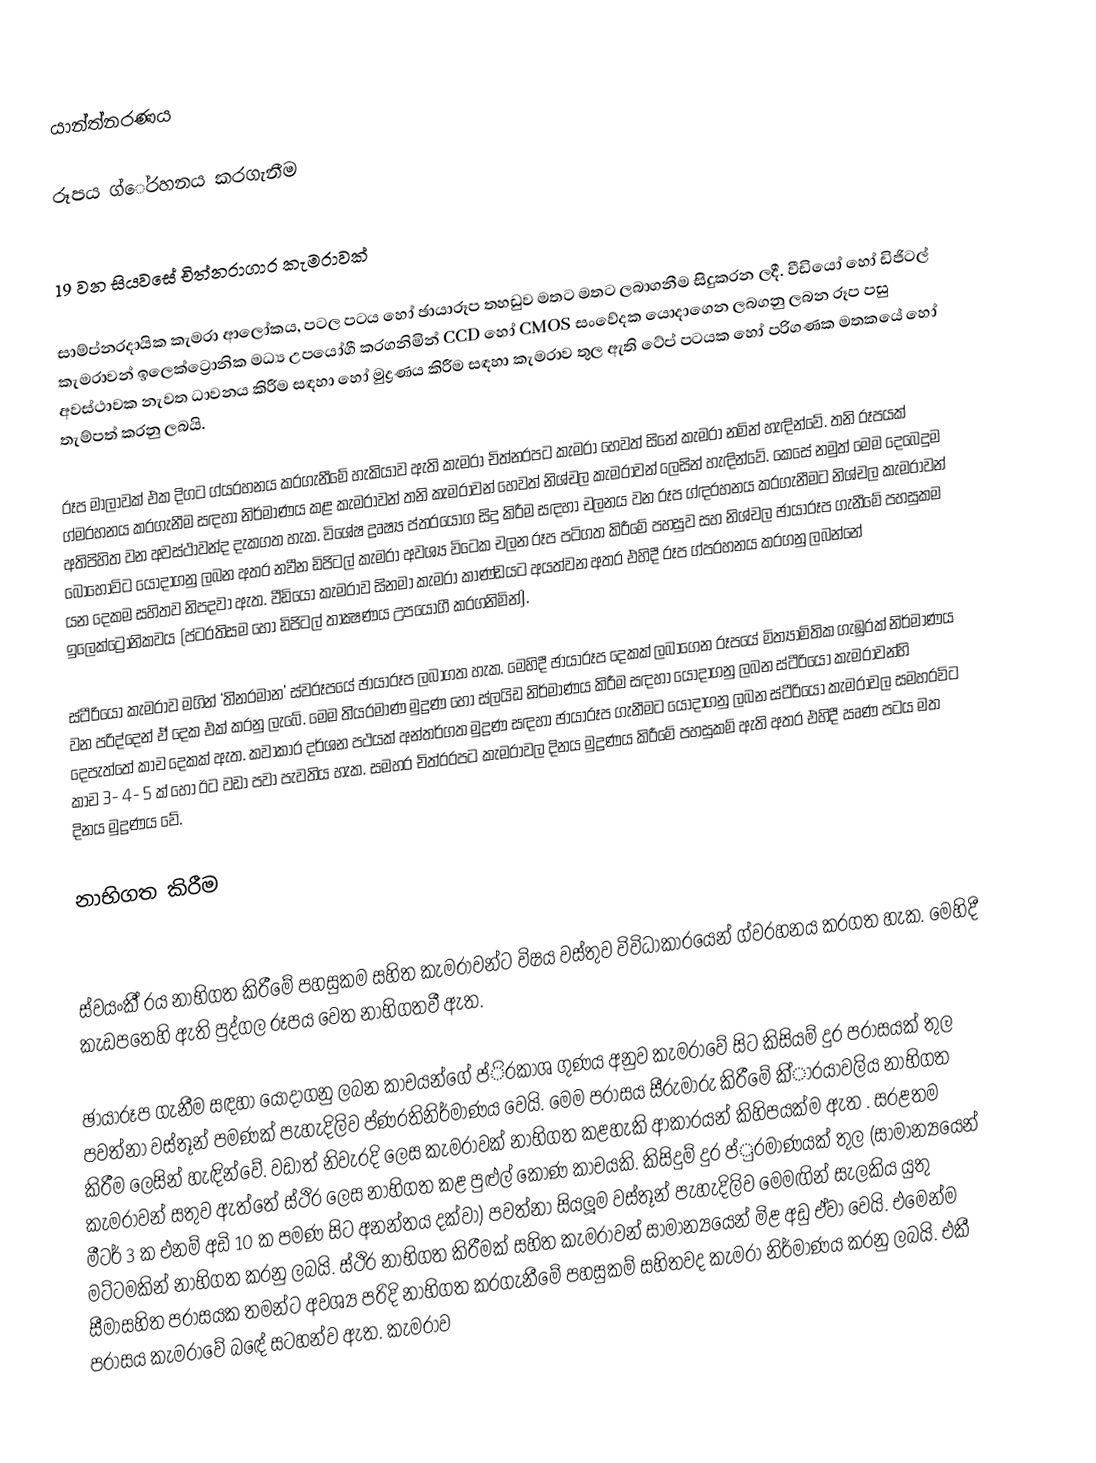
යාන්ත්න‍රණය

රූපය ග්ේ‍රහනය කරගැනීම

19 වන සියවසේ චිත්න‍රාගාර කැමරාවක්

සාම්ප්න‍රදායික කැමරා ආලෝකය, පටල පටය හෝ ඡායාරූප තහඩුව මතට මතට ලබාගනීම සිදුකරන ලදී. වීඩියෝ හෝ ඩිජිටල් කැමරාවන් ඉලෙක්ට්‍රොනික මධ්‍ය උපයෝගී කරගනිමින් CCD හෝ  CMOS  සංවේදක යොදාගෙන ලබගනු ලබන රූප පසු අවස්ථාවක නැවත ධාවනය කිරීම සඳහා හෝ මුද්‍රණය කිරීම සඳහා කැමරාව තුල ඇති ටේප් පටයක හෝ පරිගණක මතකයේ හෝ තැම්පත් කරනු ලබයි.

රූප මාලාවක් එක දිගට ග්ය‍රහනය කරගැනීමේ හැකියාව ඇති කැමරා චිත්න‍රපට කැමරා හෙවත් සිනේ කැමරා නමින් හැඳින්වේ. තනි රූපයක් ග්ම‍රහනය කරගැනීම සඳහා නිර්මාණය කළ කැමරාවන් තනි කැමරාවන් හෙවත් නිශ්චල කැමරාවන් ලෙසින් හැඳින්වේ. කෙසේ නමුත් මෙම දෙබෙදුම අතිපිහිත වන අවස්ථාවන්ද දැකගත හැක. විශේෂ ද්‍රෘෂ්‍ය ප්ත‍රයෝග සිදු කිරීම සඳහා චලනය වන රූප ග්ඳ‍රහනය කරගැනීමට නිශ්චල කැමරාවන් බොහෝවිට යොදාගනු ලබන අතර නවීන ඩිජිටල් කැමරා අවශ්‍ය විටෙක චලන රූප පටිගත කිරීමේ පහසුව සහ නිශ්චල ඡායාරූප ගැනීමේ පහසුකම යන දෙකම සහිතව නිපදවා ඇත. වීඩියෝ කැමරාව සිනමා කැමරා කාණ්ඩයට අයත්වන අතර එහිදී රූප ග්ප‍රහනය කරගනු ලබන්නේ ඉලෙක්ට්‍රොනිකවය (ප්ට‍රතිසම හෝ ඩිජිටල් තාක්‍ෂණය උපයෝගී කරගනිමින්).

ස්ටීරියෝ කැමරාව මගින් ‘ති්න‍රමාන’ ස්වරූපයේ ඡායාරූප ලබාගත හැක. මෙහිදී ඡායාරූප දෙකක් ලබාගෙන රූපයේ මිත්‍යාමිතික ගැඹුරක් නිර්මාණය වන පරිද්දෙන් ඒ දෙක එක් කරනු ලැබේ. මෙම ති්ය‍රමාණ මුද්‍රණ හෝ ස්ලයිඩ නිර්මාණය කිරීම සඳහා යොදාගනු ලබන ස්ටීරියෝ කැමරාවන්හි දෙපැත්තේ කාච දෙකක් ඇත. කවාකාර දර්ශන පථයක් අන්තර්ගත මුද්‍රණ සඳහා ඡායාරූප ගැනීමට යොදාගනු ලබන ස්ටීරියෝ කැමරාවල සමහරවිට කාච 3- 4- 5 ක් හෝ ඊට වඩා පවා පැවතිය හැක. සමහර චිත්ර‍රපට කැමරාවල දිනය මුද්‍රණය කිරීමේ පහසුකම් ඇති අතර එහිදී ඍණ පටය මත දිනය මුද්‍රණය වේ.

නාභිගත කිරීම

ස්වයංකී් ‍රය නාභිගත කිරීමේ පහසුකම සහිත කැමරාවන්ට විෂය වස්තුව විවිධාකාරයෙන් ග්ව‍රහනය කරගත හැක. මෙහිදී කැඩපතෙහි ඇති පුද්ගල රූපය වෙත නාභිගතවී ඇත.

ඡායාරූප ගැනීම සඳහා යොදාගනු ලබන කාචයන්ගේ ප්ි‍රකාශ ගුණය අනුව කැමරාවේ සිට කිසියම් දුර පරාසයක් තුල පවත්නා වස්තූන් පමණක් පැහැදිලිව ප්ණ‍රතිනිර්මාණය වෙයි. මෙම පරාසය සීරුමාරු කිරීමේ කි්ා‍රයාවලිය නාභිගත කිරීම ලෙසින් හැඳින්වේ. වඩාත් නිවැරදි ලෙස කැමරාවක් නාභිගත කළහැකි ආකාරයන් කිහිපයක්ම ඇත . සරළතම කැමරාවන් සතුව ඇත්තේ ස්ථිර ලෙස නාභිගත කළ පුළුල් කෝණ කාචයකි. කිසිදුම් දුර ප්ු‍රමාණයක් තුල (සාමාන්‍යයෙන් මීටර් 3 ක එනම් අඩි 10 ක පමණ සිට අනන්තය දක්වා) පවත්නා සියලූම වස්තූන් පැහැදිලිව මෙමඟින් සැලකිය යුතු මට්ටමකින් නාභිගත කරනු ලබයි. ස්ථිර නාභිගත කිරීමක් සහිත කැමරාවන් සාමාන්‍යයෙන් මිළ අඩු ඒවා වෙයි. එමෙන්ම සීමාසහිත පරාසයක තමන්ට අවශ්‍ය පරිදි නාභිගත කරගැනීමේ පහසුකම් සහිතවද කැමරා නිර්මාණය කරනු ලබයි. එකී පරාසය කැමරාවේ බඳේ සටහන්ව ඇත. කැමරාව